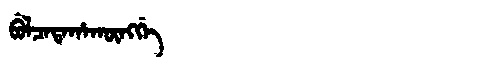
Manchu: ᠪᡠᠯᠴᠠᡨᠠᡥᠠᡴᡡᠩᡤᡝ
Romanization: BULCATAHAKŪNGGE